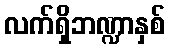
လက်ရှိဘဏ္ဍာနှစ်